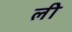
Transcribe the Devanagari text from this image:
लीे